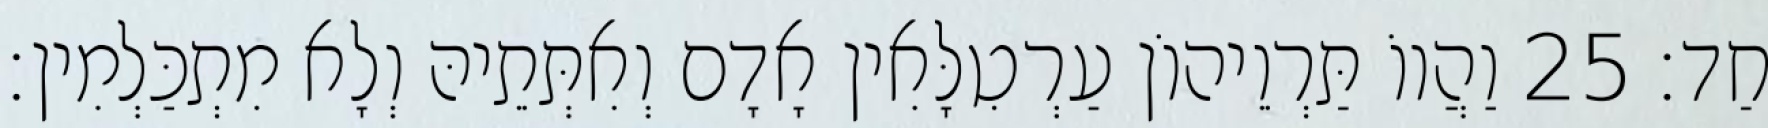
חַד׃ 25 וַהֲווֹ תַּרְוֵיהוֹן עַרְטִלָּאִין אָדָם וְאִתְּתֵיהּ וְלָא מִתְכַּלְמִין׃